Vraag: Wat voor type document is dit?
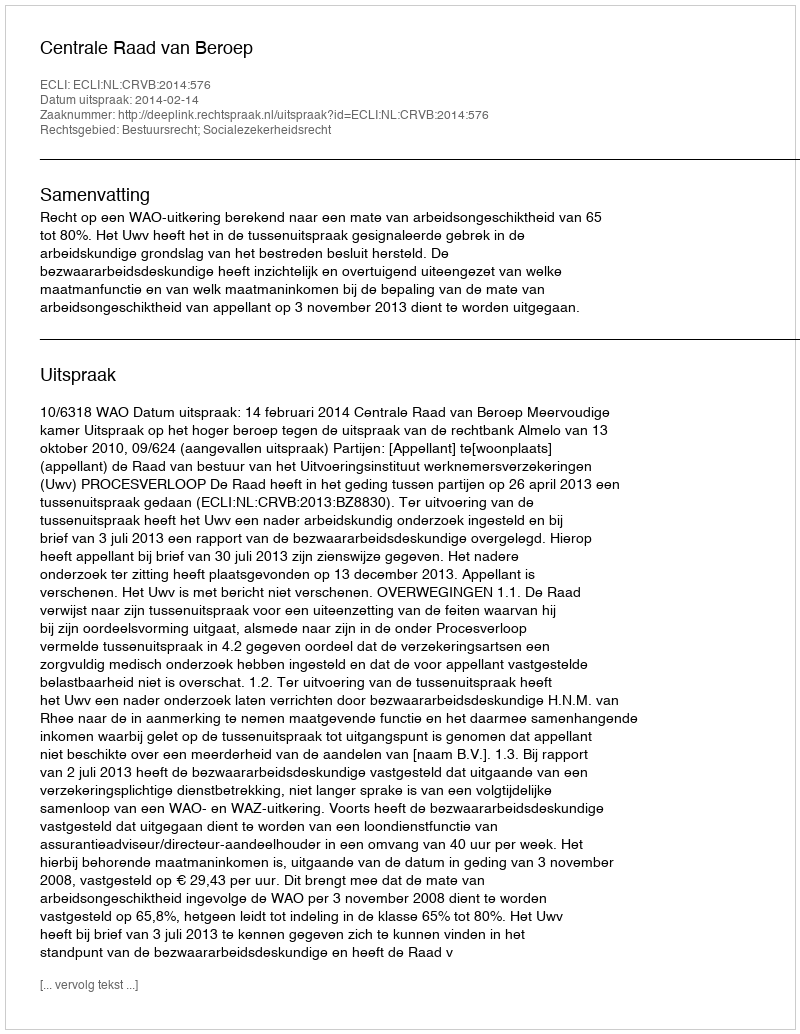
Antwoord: Uitspraak